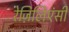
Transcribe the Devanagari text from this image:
रेज़िलिएंसी